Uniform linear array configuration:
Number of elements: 8
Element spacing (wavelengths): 0.5
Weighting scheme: hann
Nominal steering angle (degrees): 15
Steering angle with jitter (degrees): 15.677
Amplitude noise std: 0.05
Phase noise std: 0.05

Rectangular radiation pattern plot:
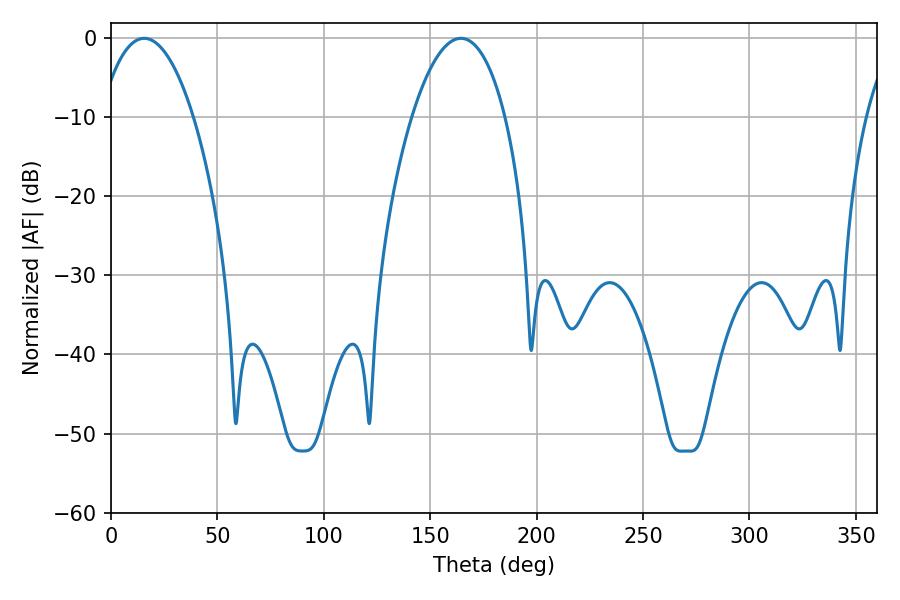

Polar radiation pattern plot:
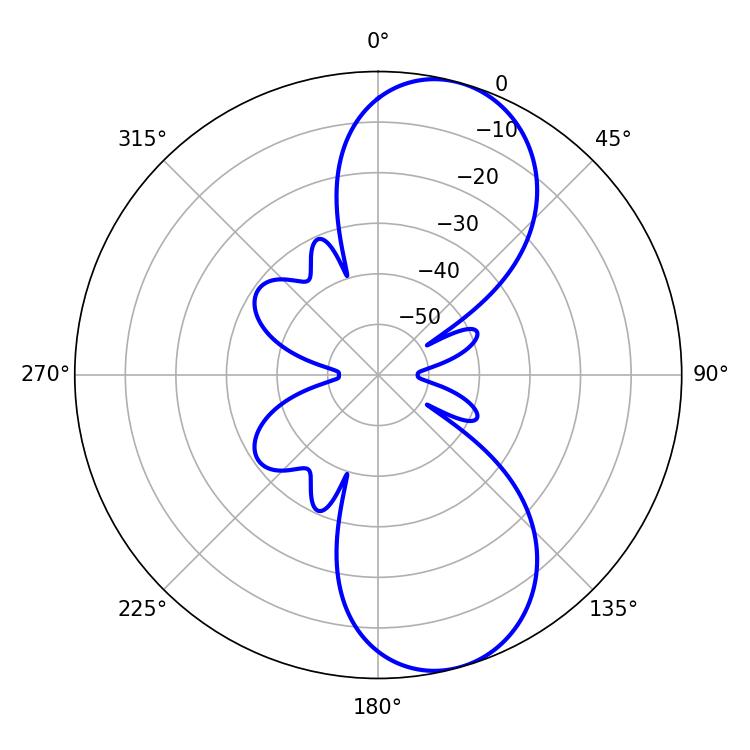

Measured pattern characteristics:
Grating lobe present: FALSE
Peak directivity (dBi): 9.028
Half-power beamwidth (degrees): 24.48
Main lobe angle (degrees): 15.66